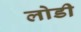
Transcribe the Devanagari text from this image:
लोडी